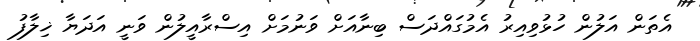
އެތަން އަލުން ހުޅުވިއިރު އެމުގައްދަސް ބިނާއަށް ވަނުމަށް އިސްރާއީލުން ވަނީ އަދަޔާ ޚިލާފު